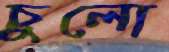
চুলো